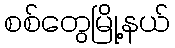
စစ်တွေမြို့နယ်